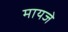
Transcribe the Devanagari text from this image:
मायजे